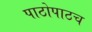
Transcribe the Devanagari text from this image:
पाठोपाठच